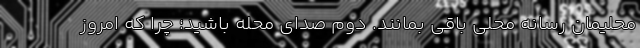
محلیمان رسانه محلی باقی بمانند. دوم صدای محله باشید؛ چرا که امروز